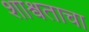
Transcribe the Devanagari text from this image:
शाश्र्वताचा